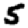
Digit: 5